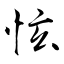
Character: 怰